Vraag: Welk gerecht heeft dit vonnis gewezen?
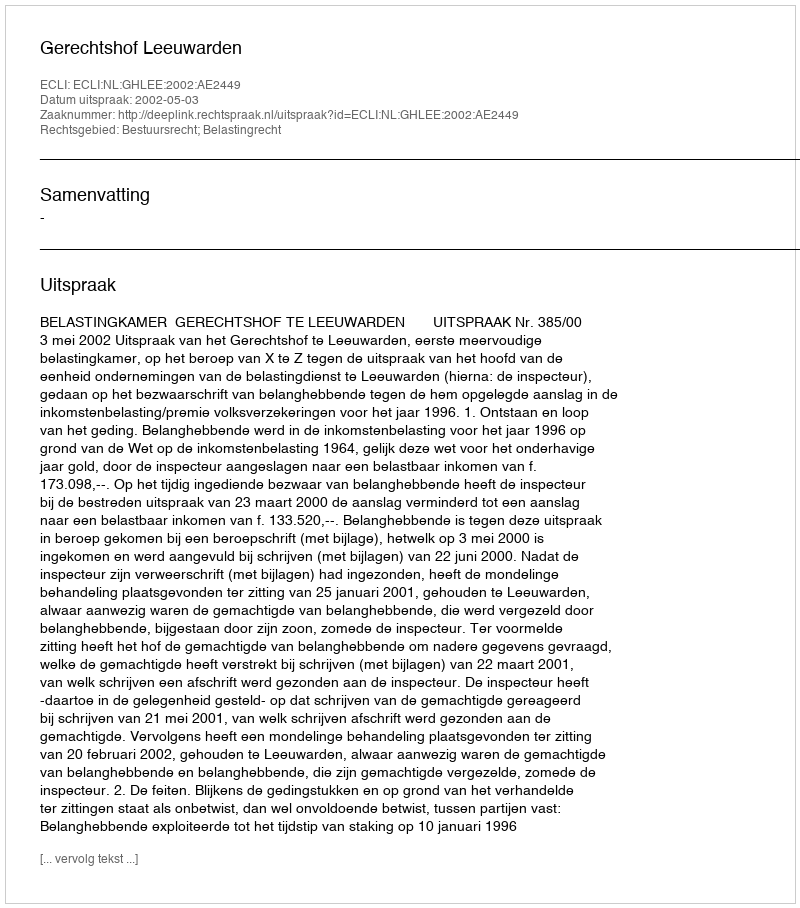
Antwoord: Gerechtshof Leeuwarden